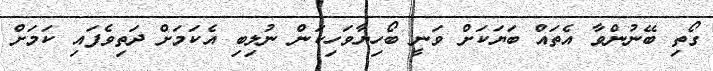
ގޯތި ބޭނުންވާ އެތައް ބަޔަކަށް ވަނީ ބޯހިޔާވަހިކަން ނުލިބި އެކަމަށް ދަތިވެފައި ކަމަށް